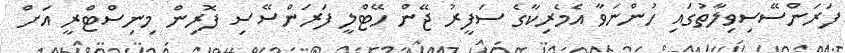
ފަރަންސޭސިވިލާތުގައި ހުންނަވާ އެމެރިކާގެ ސަފީރު ޖޭން ހޭޓްލީ ފަރަންސޭސި ފޮރިން މިނިސްޓްރީ އަށް